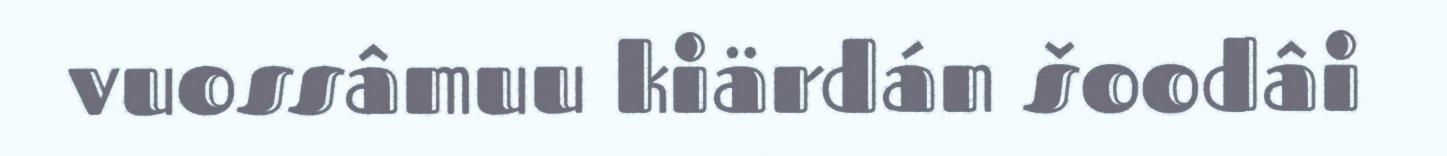
vuossâmuu kiärdán šoodâi